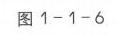
图 1 - 1 - 6